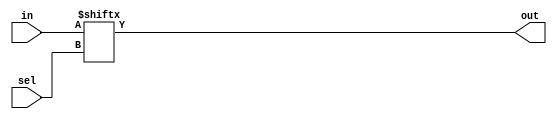
module top_module( 
    input [255:0] in,
    input [7:0] sel,
    output out );
    
    // Insert your code here
    assign out = in[sel];
     
endmodule